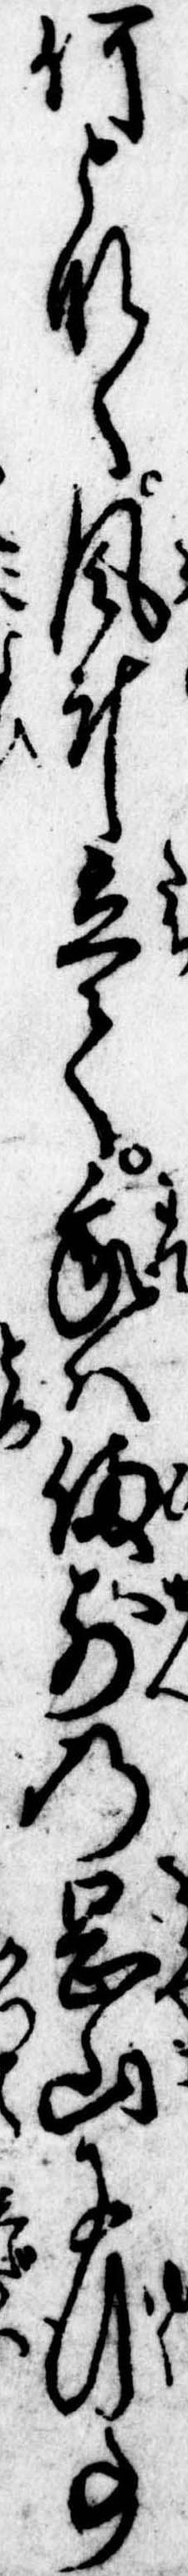
何となく風斗立て我は備前の岡山に行事